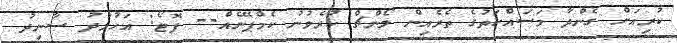
ކުރިއަށް ގެންދާ މަސައްކަތުގެ ތެރެއިން ލޯންޗް ކުރެވުނު ކެމްޕޭނެއް-- ފޮޓޯ: އަހުމަދު ސާނިދު